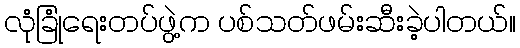
လုံခြုံရေးတပ်ဖွဲ့က ပစ်သတ်ဖမ်းဆီးခဲ့ပါတယ်။